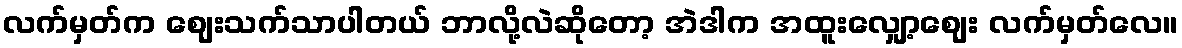
လက်မှတ်က ဈေးသက်သာပါတယ် ဘာလို့လဲဆိုတော့ အဲဒါက အထူးလျှော့ဈေး လက်မှတ်လေ။